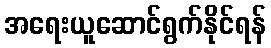
အရေးယူဆောင်ရွက်နိုင်ရန်